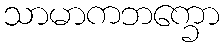
သာမာကဘက္ခော